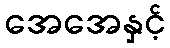
အေအေနှင့်